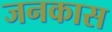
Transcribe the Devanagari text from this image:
जनकास